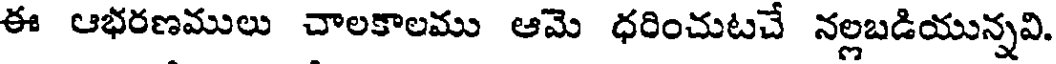
ఈ ఆభరణములు చాలకాలము ఆమె ధరించుటచే నల్లబడియున్నవి.